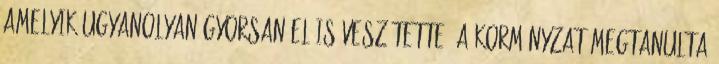
amelyik ugyanolyan gyorsan el is veszítette. A kormányzat megtanulta